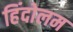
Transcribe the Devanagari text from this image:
हिंदोलम